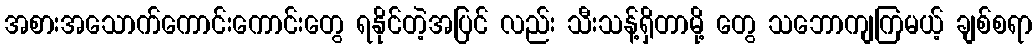
အစားအသောက်ကောင်းကောင်းတွေ ရနိုင်တဲ့အပြင် လည်း သီးသန့်ရှိတာမို့ တွေ သဘောကျကြမယ့် ချစ်စရာ